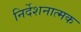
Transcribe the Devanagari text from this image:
निर्देशनात्मक